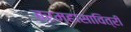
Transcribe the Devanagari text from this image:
ब्रम्हासावित्री